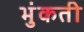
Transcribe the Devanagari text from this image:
भुंकती